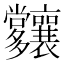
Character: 𡗑